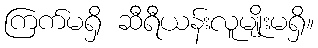
ကြက်မရှိ ဆီရီယန်းလူမျိုးမရှိ။